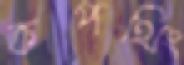
কপথিং